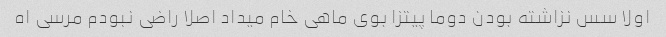
اولا سس نزاشته بودن دوما پیتزا بوی ماهی خام میداد اصلا راضی نبودم مرسی اه